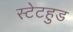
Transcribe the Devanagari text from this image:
स्टेटहुड